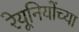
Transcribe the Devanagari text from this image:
रेयूनियोंच्या